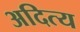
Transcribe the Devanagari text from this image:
अदित्य